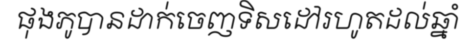
ផុងភូបានដាក់ចេញទិសដៅរហូតដល់ឆ្នាំ